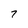
Character: 7